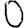
Digit: 0